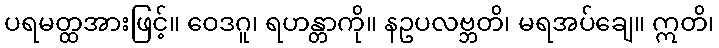
ပရမတ္ထအားဖြင့်။ ဝေဒဂူ၊ ရဟန္တာကို။ နဥပလဗ္ဘတိ၊ မရအပ်ချေ။ ဣတိ၊